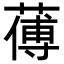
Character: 𦺉